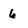
Character: 6